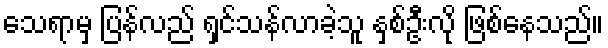
သေရာမှ ပြန်လည် ရှင်သန်လာခဲ့သူ နှစ်ဦးလို ဖြစ်နေသည်။